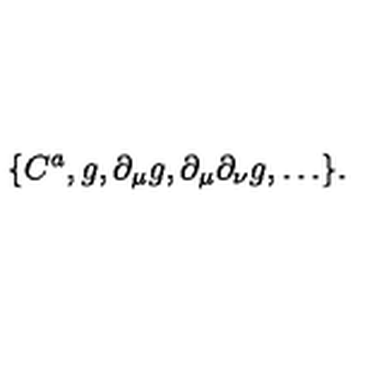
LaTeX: \{ C ^ { a } , g , \partial _ { \mu } g , \partial _ { \mu } \partial _ { \nu } g , \ldots \} .